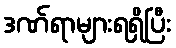
ဒဏ်ရာများရရှိပြီး